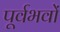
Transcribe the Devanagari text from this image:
पूर्वभवों